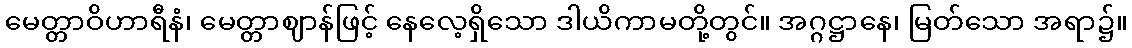
မေတ္တာဝိဟာရီနံ၊ မေတ္တာဈာန်ဖြင့် နေလေ့ရှိသော ဒါယိကာမတို့တွင်။ အဂ္ဂဋ္ဌာနေ၊ မြတ်သော အရာ၌။